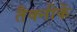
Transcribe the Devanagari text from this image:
तैक्नीकें